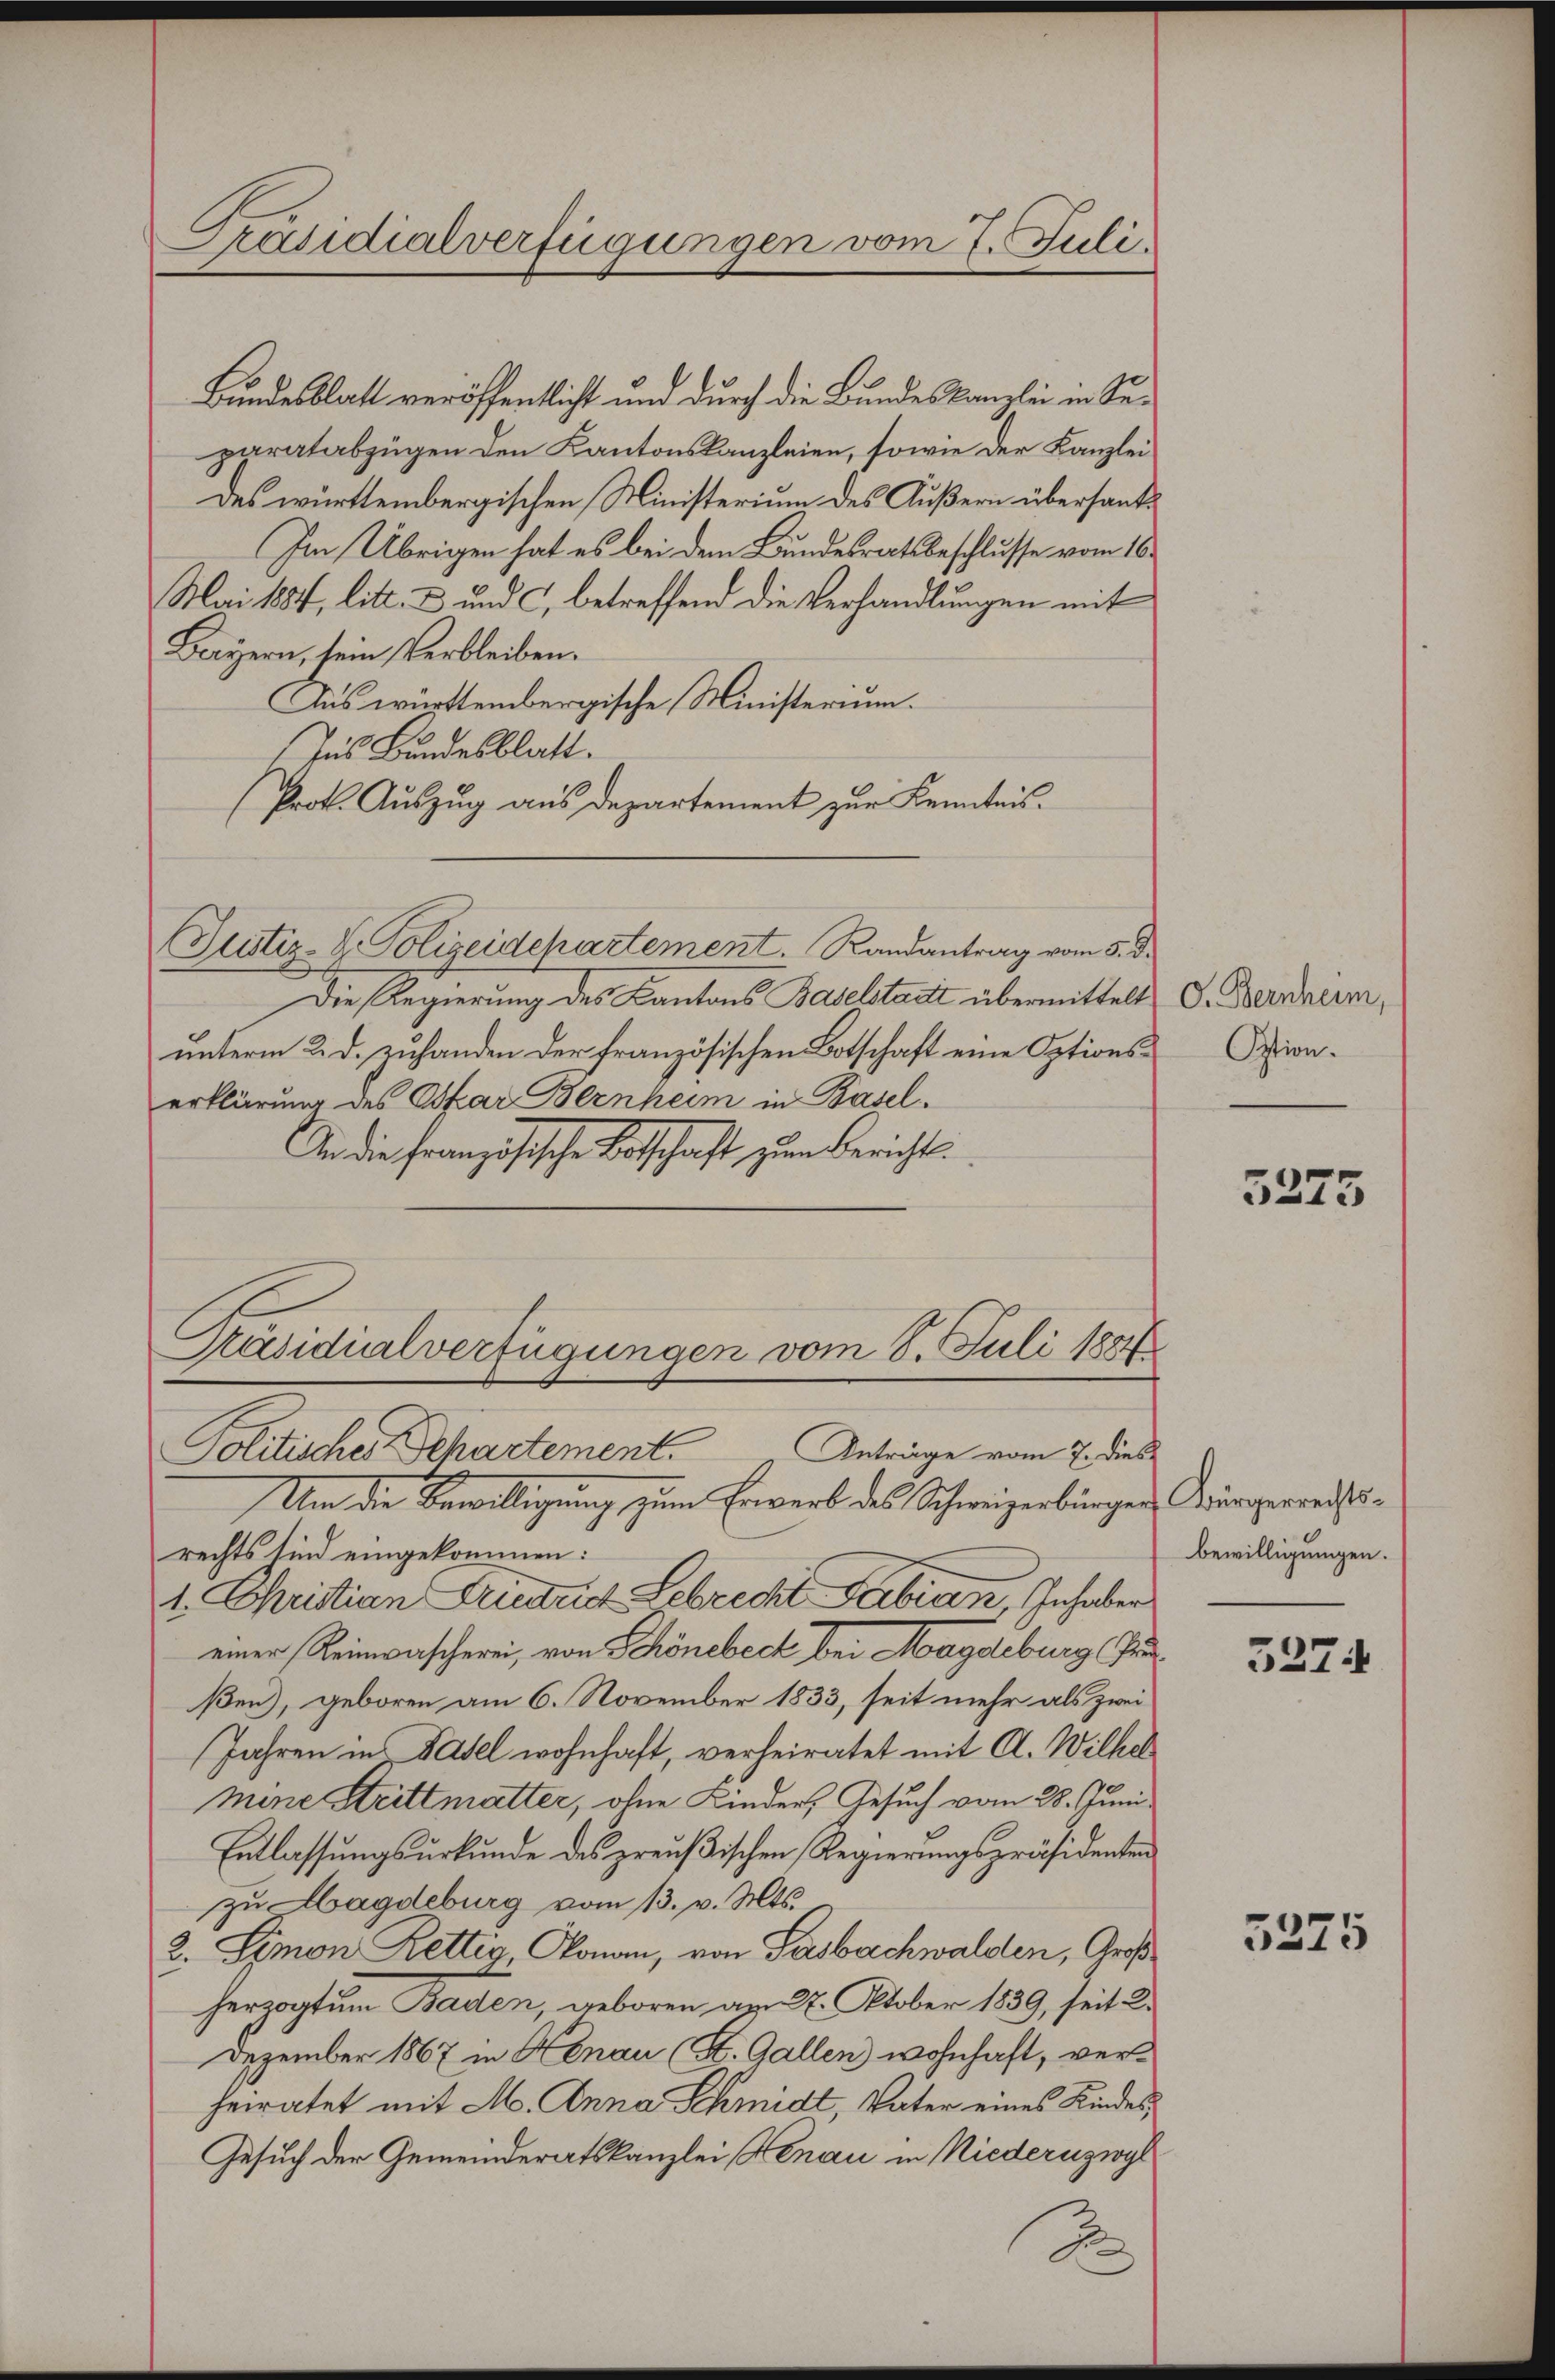
Präsidialverfügungen vom 7. Juli.

Bundesblatt veröffentlicht und durch die Bundeskanzlei in Separatabzügen den Kantonskanzleien, sowie der Kanzlei
Des württembergischen Ministerium des Äußern übersant¬
Im Übrigen hat es bei dem Bundesrathsbeschlusse vom 16.
Mai 1884, litt. u und c, betreffend die Verhandlungen mit
Bayern, sein Verbleiben.
Aus württembergische Ministerium.
Ins Bundesblatt.
(Prot. Aŭszŭg aŭs departement zur Kenntnis.
Justiz-V. Polizeidepartement. Randantrag vom 5. d.
Die Regierung des Kantons Baselstadtt übermittelt
unterm 2. d. zuhanden der französischen Botschaft eine Options-Spionerklärung des Oskar Bernheim in Basel¬
An die Französische Botschaft zum Bericht
Präsidialverfügungen vom 8. Juli 1887
Anträge vom 7. dies
Politisches Departement.
Um die Bewilligung zum Erwerb des Schweizerbürger Bürgerrechtsrechts sind eingekommen:
1. Christian Gudrid Schrecht Fabian, Inhaber
einer Reinwascherei, von Schönebeck bei Magdeburg (Penßen), geboren am 6. November 1833, seit mehr als zwei
Jahren in Basel wohnhaft, verheiratet mit Al. Wilhel
mene Strittmatter, ohne Kinder, Gesuch vom 28. Juni
Entlassungsurkunde des preußischen Regierungspräsidenten
zu Magdeburg vom 13. v. Mts.
2. Simon Rettig, Donau, von Sasbachwalden, Großherzogtum Baden, geboren am 27. Oktober 1839, seit K.
Dezember 1867 in Hanau (St. Gallen wohnhaft, verheiratet mit M. Anna Schmidt, Vater eines Kindes¬
Gesuch der Gemeinderatskanzlei Henau in Niederuzwyl
.
F

O. Bernheim,

5275

bewilligungen.

3274

3275